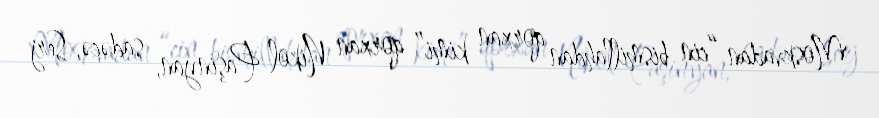
Moskvadan “cin bismillahdan qorxan kimi” qorxan Nikol Paşinyan, sadəcə, Serj